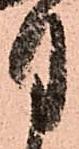
月